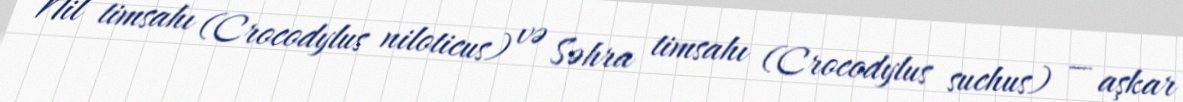
Nil timsahı (Crocodylus niloticus) və Səhra timsahı (Crocodylus suchus) — aşkar